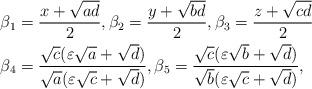
LaTeX: \begin{align*}&\beta_1=\frac{x+\sqrt{ad}}{2},\beta_2=\frac{y+\sqrt{bd}}{2},\beta_3=\frac{z+\sqrt{cd}}{2}\\&\beta_4=\frac{\sqrt{c}(\varepsilon \sqrt{a}+\sqrt{d})}{\sqrt{a}(\varepsilon \sqrt{c}+\sqrt{d})},\beta_5=\frac{\sqrt{c}(\varepsilon \sqrt{b}+\sqrt{d})}{\sqrt{b}(\varepsilon \sqrt{c}+\sqrt{d})},\end{align*}